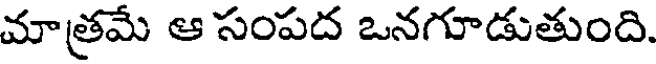
మాత్రమే ఆ సంపద ఒనగూడుతుంది.